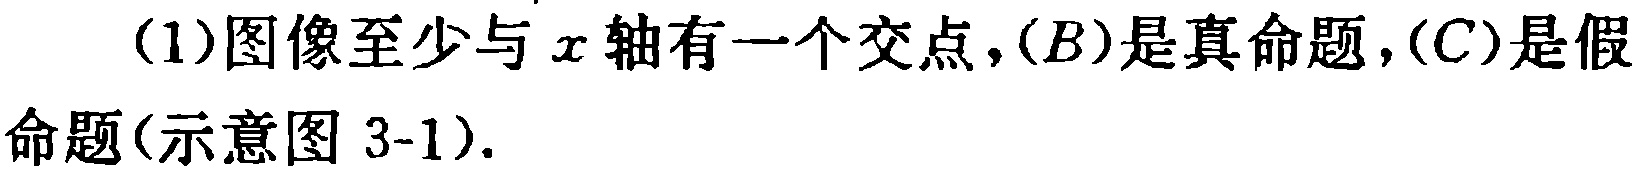
(1)图像至少与\(x\)轴有一个交点，\((B)\)是真命题，\((C)\)是假命题(示意图 3-1).